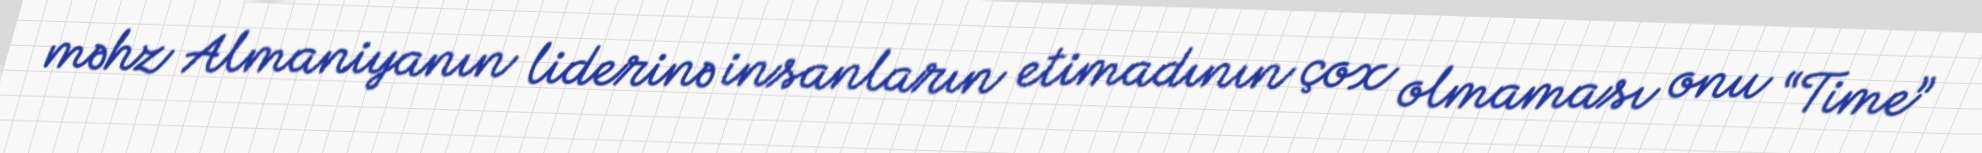
məhz Almaniyanın liderinə insanların etimadının çox olmaması onu “Time”